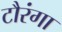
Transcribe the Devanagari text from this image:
टौरंगा